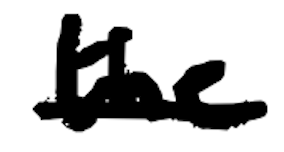
Text: the
Cross-out: mix
Writing tool: digital_black